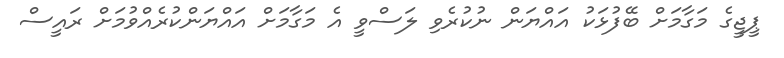
ޕީޖީގެ މަގާމަށް ބޭފުޅަކު އައްޔަން ނުކުރެވި ލަސްވީ އެ މަގާމަށް އައްޔަންކުރެއްވުމަށް ރައީސް